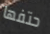
حتفها